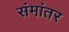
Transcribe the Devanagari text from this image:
संमांतर